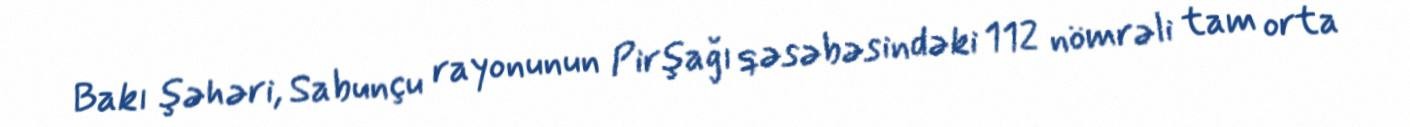
Bakı şəhəri, Sabunçu rayonunun Pirşağı qəsəbəsindəki 112 nömrəli tam orta